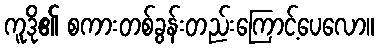
ကူဒို၏ စကားတစ်ခွန်းတည်းကြောင့်ပေလော။